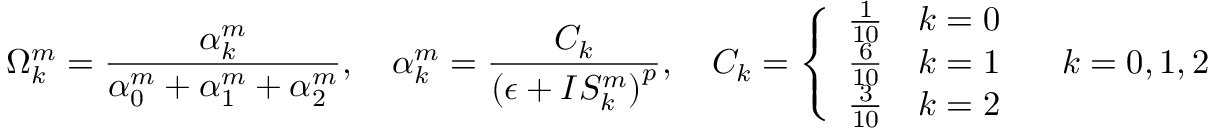
\Omega _ { k } ^ { m } = \frac { \alpha _ { k } ^ { m } } { \alpha _ { 0 } ^ { m } + \alpha _ { 1 } ^ { m } + \alpha _ { 2 } ^ { m } } , \quad \alpha _ { k } ^ { m } = \frac { C _ { k } } { { ( \epsilon + I S _ { k } ^ { m } ) } ^ { p } } , \quad C _ { k } = \left\{ \begin{array} { l l } { \frac { 1 } { 1 0 } \quad k = 0 } \\ { \frac { 6 } { 1 0 } \quad k = 1 } \\ { \frac { 3 } { 1 0 } \quad k = 2 } \end{array} \right. \quad k = 0 , 1 , 2